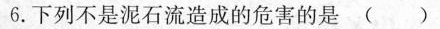
6.下列不是泥石流造成的危害的是 ()